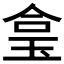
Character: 𤥓